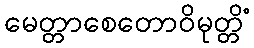
မေတ္တာစေတောဝိမုတ္တိံ